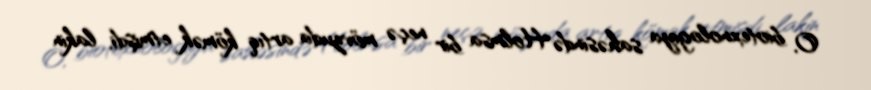
O, biotexnologiya sahəsində Holmsa bir neçə mövzuda artıq kömək etmişdi, lakin